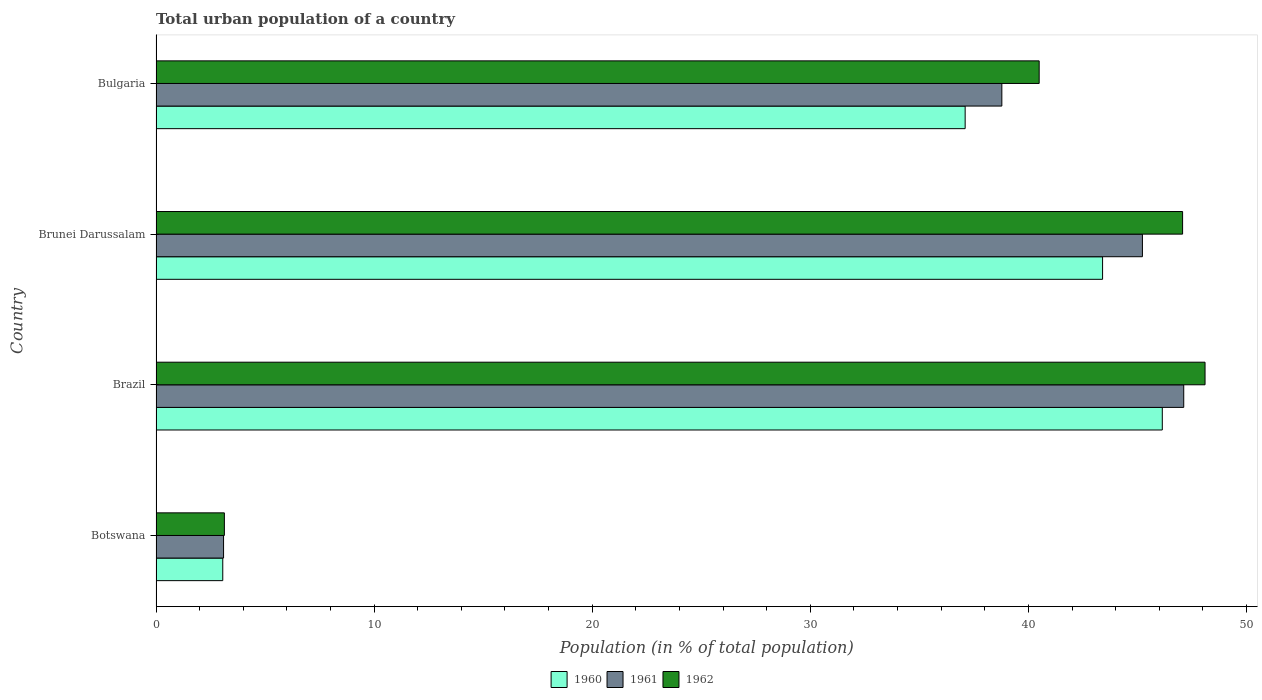
| Country | 1960 | 1961 | 1962 |
 | --- | --- | --- | --- |
 | Botswana | 3.06 | 3.1 | 3.13 |
 | Brazil | 46.1 | 47.1 | 48.1 |
 | Brunei Darussalam | 43.4 | 45.2 | 47.1 |
 | Bulgaria | 37.1 | 38.8 | 40.5 |